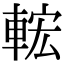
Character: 𨌆